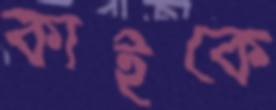
কাইকে